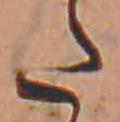
た